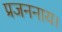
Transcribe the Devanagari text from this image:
प्रजननाय।